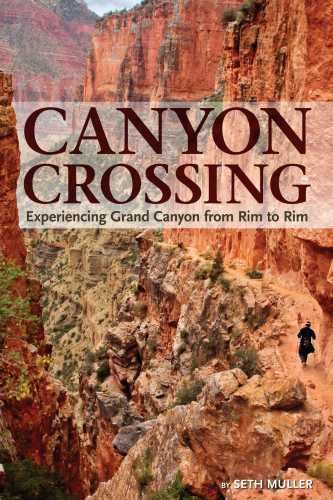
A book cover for Canyon Crossing: Experiencing Grand Canyon from Rim to Rim; Seth Muller; Travel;